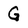
Character: G